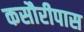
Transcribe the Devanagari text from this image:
कसौरीपास